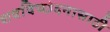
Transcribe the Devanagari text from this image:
शवविच्छेदनासाठी